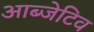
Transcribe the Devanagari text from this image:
आब्जेटिव